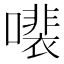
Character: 𫬍